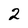
Character: 2